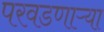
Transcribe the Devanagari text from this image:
परवडणाऱ्या